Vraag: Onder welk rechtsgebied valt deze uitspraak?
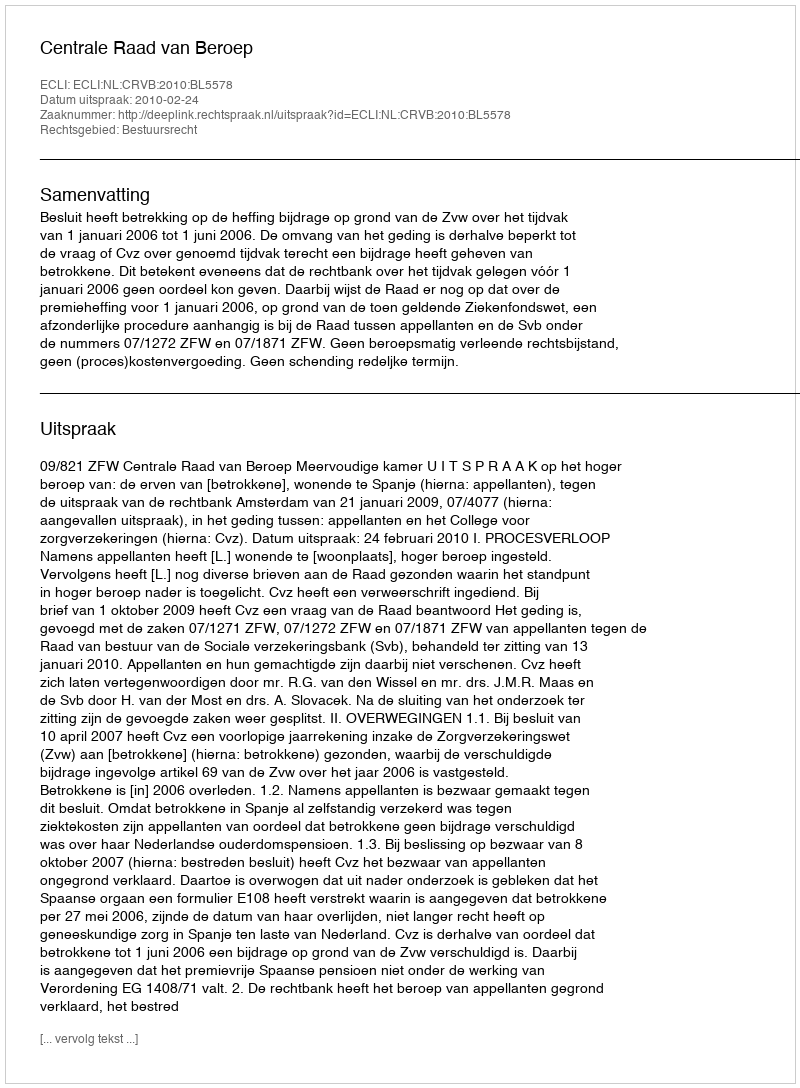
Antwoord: Bestuursrecht